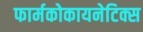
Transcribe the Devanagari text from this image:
फार्मकोकायनेटिक्स